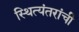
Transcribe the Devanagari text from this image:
स्थित्यंतरांची